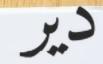
دير